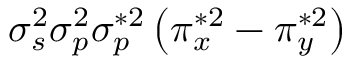
\sigma _ { s } ^ { 2 } \sigma _ { p } ^ { 2 } \sigma _ { p } ^ { * 2 } \left( \pi _ { x } ^ { * 2 } - \pi _ { y } ^ { * 2 } \right)